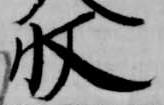
収